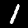
Digit: 1